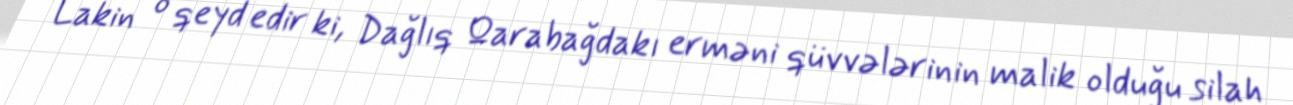
Lakin o qeyd edir ki, Dağlıq Qarabağdakı erməni qüvvələrinin malik olduğu silah